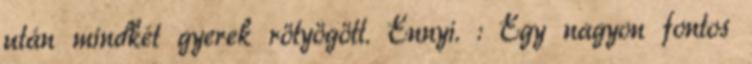
után mindkét gyerek rötyögött. Ennyi. : Egy nagyon fontos